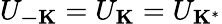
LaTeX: U_{\mathbf{-K}}=U_{\mathbf{K}}=U_{\mathbf{K}^{\ast}}